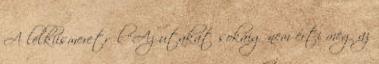
A lelkiismeretről “Az utakat sokáig nem érti meg az